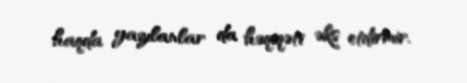
haqda yazılanlar da həqiqəti əks etdirmir.